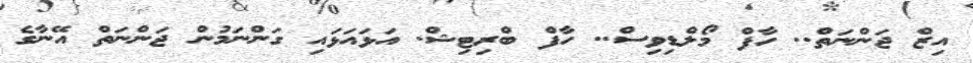
އިޒް ޖަންނަތް.. ހާފް މޯލްޑިވިސް.. ހާފް ބްރިޓިޝް. އަޅައަޅައި ގަންނަމުން ޖަންނަތް އޭނާގެ